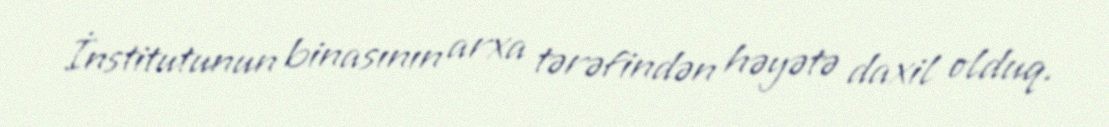
İnstitutunun binasının arxa tərəfindən həyətə daxil olduq.